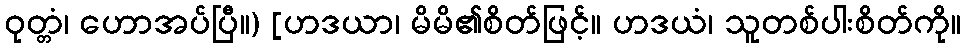
ဝုတ္တံ၊ ဟောအပ်ပြီ။) [ဟဒယာ၊ မိမိ၏စိတ်ဖြင့်။ ဟဒယံ၊ သူတစ်ပါးစိတ်ကို။